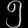
Digit: ၅